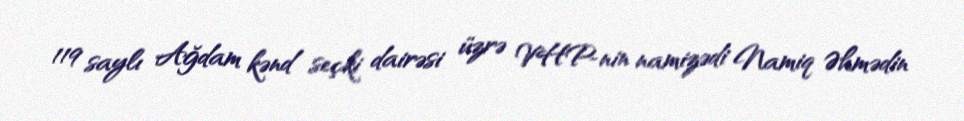
119 saylı Ağdam kənd seçki dairəsi üzrə VHP-nin namizədi Namiq Əhmədin